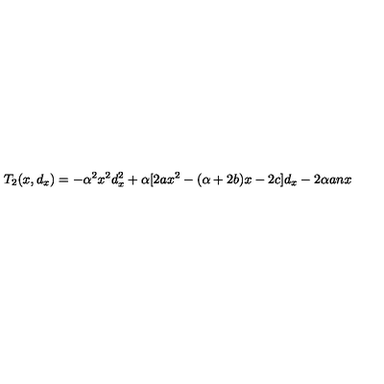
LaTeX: T _ { 2 } ( x , d _ { x } ) = - \alpha ^ { 2 } x ^ { 2 } d _ { x } ^ { 2 } + \alpha [ 2 a x ^ { 2 } - ( \alpha + 2 b ) x - 2 c ] d _ { x } - 2 \alpha a n x